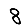
Digit: 8